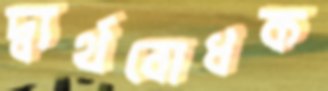
দ্ব্যর্থবোধক